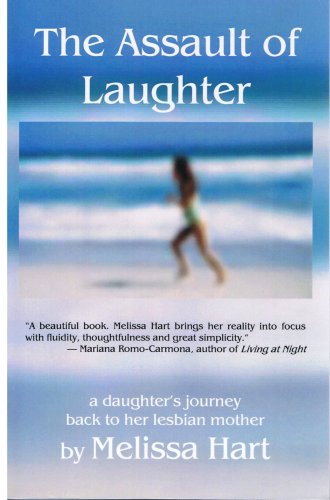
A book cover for The Assault of Laughter; Melissa Hart; Gay & Lesbian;